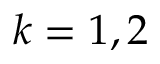
k = 1 , 2